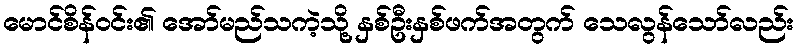
မောင်စိန်ဝင်း၏ အော်မည်သကဲ့သို့ နှစ်ဦးနှစ်ဖက်အတွက် သေလွန်သော်လည်း